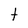
Character: t